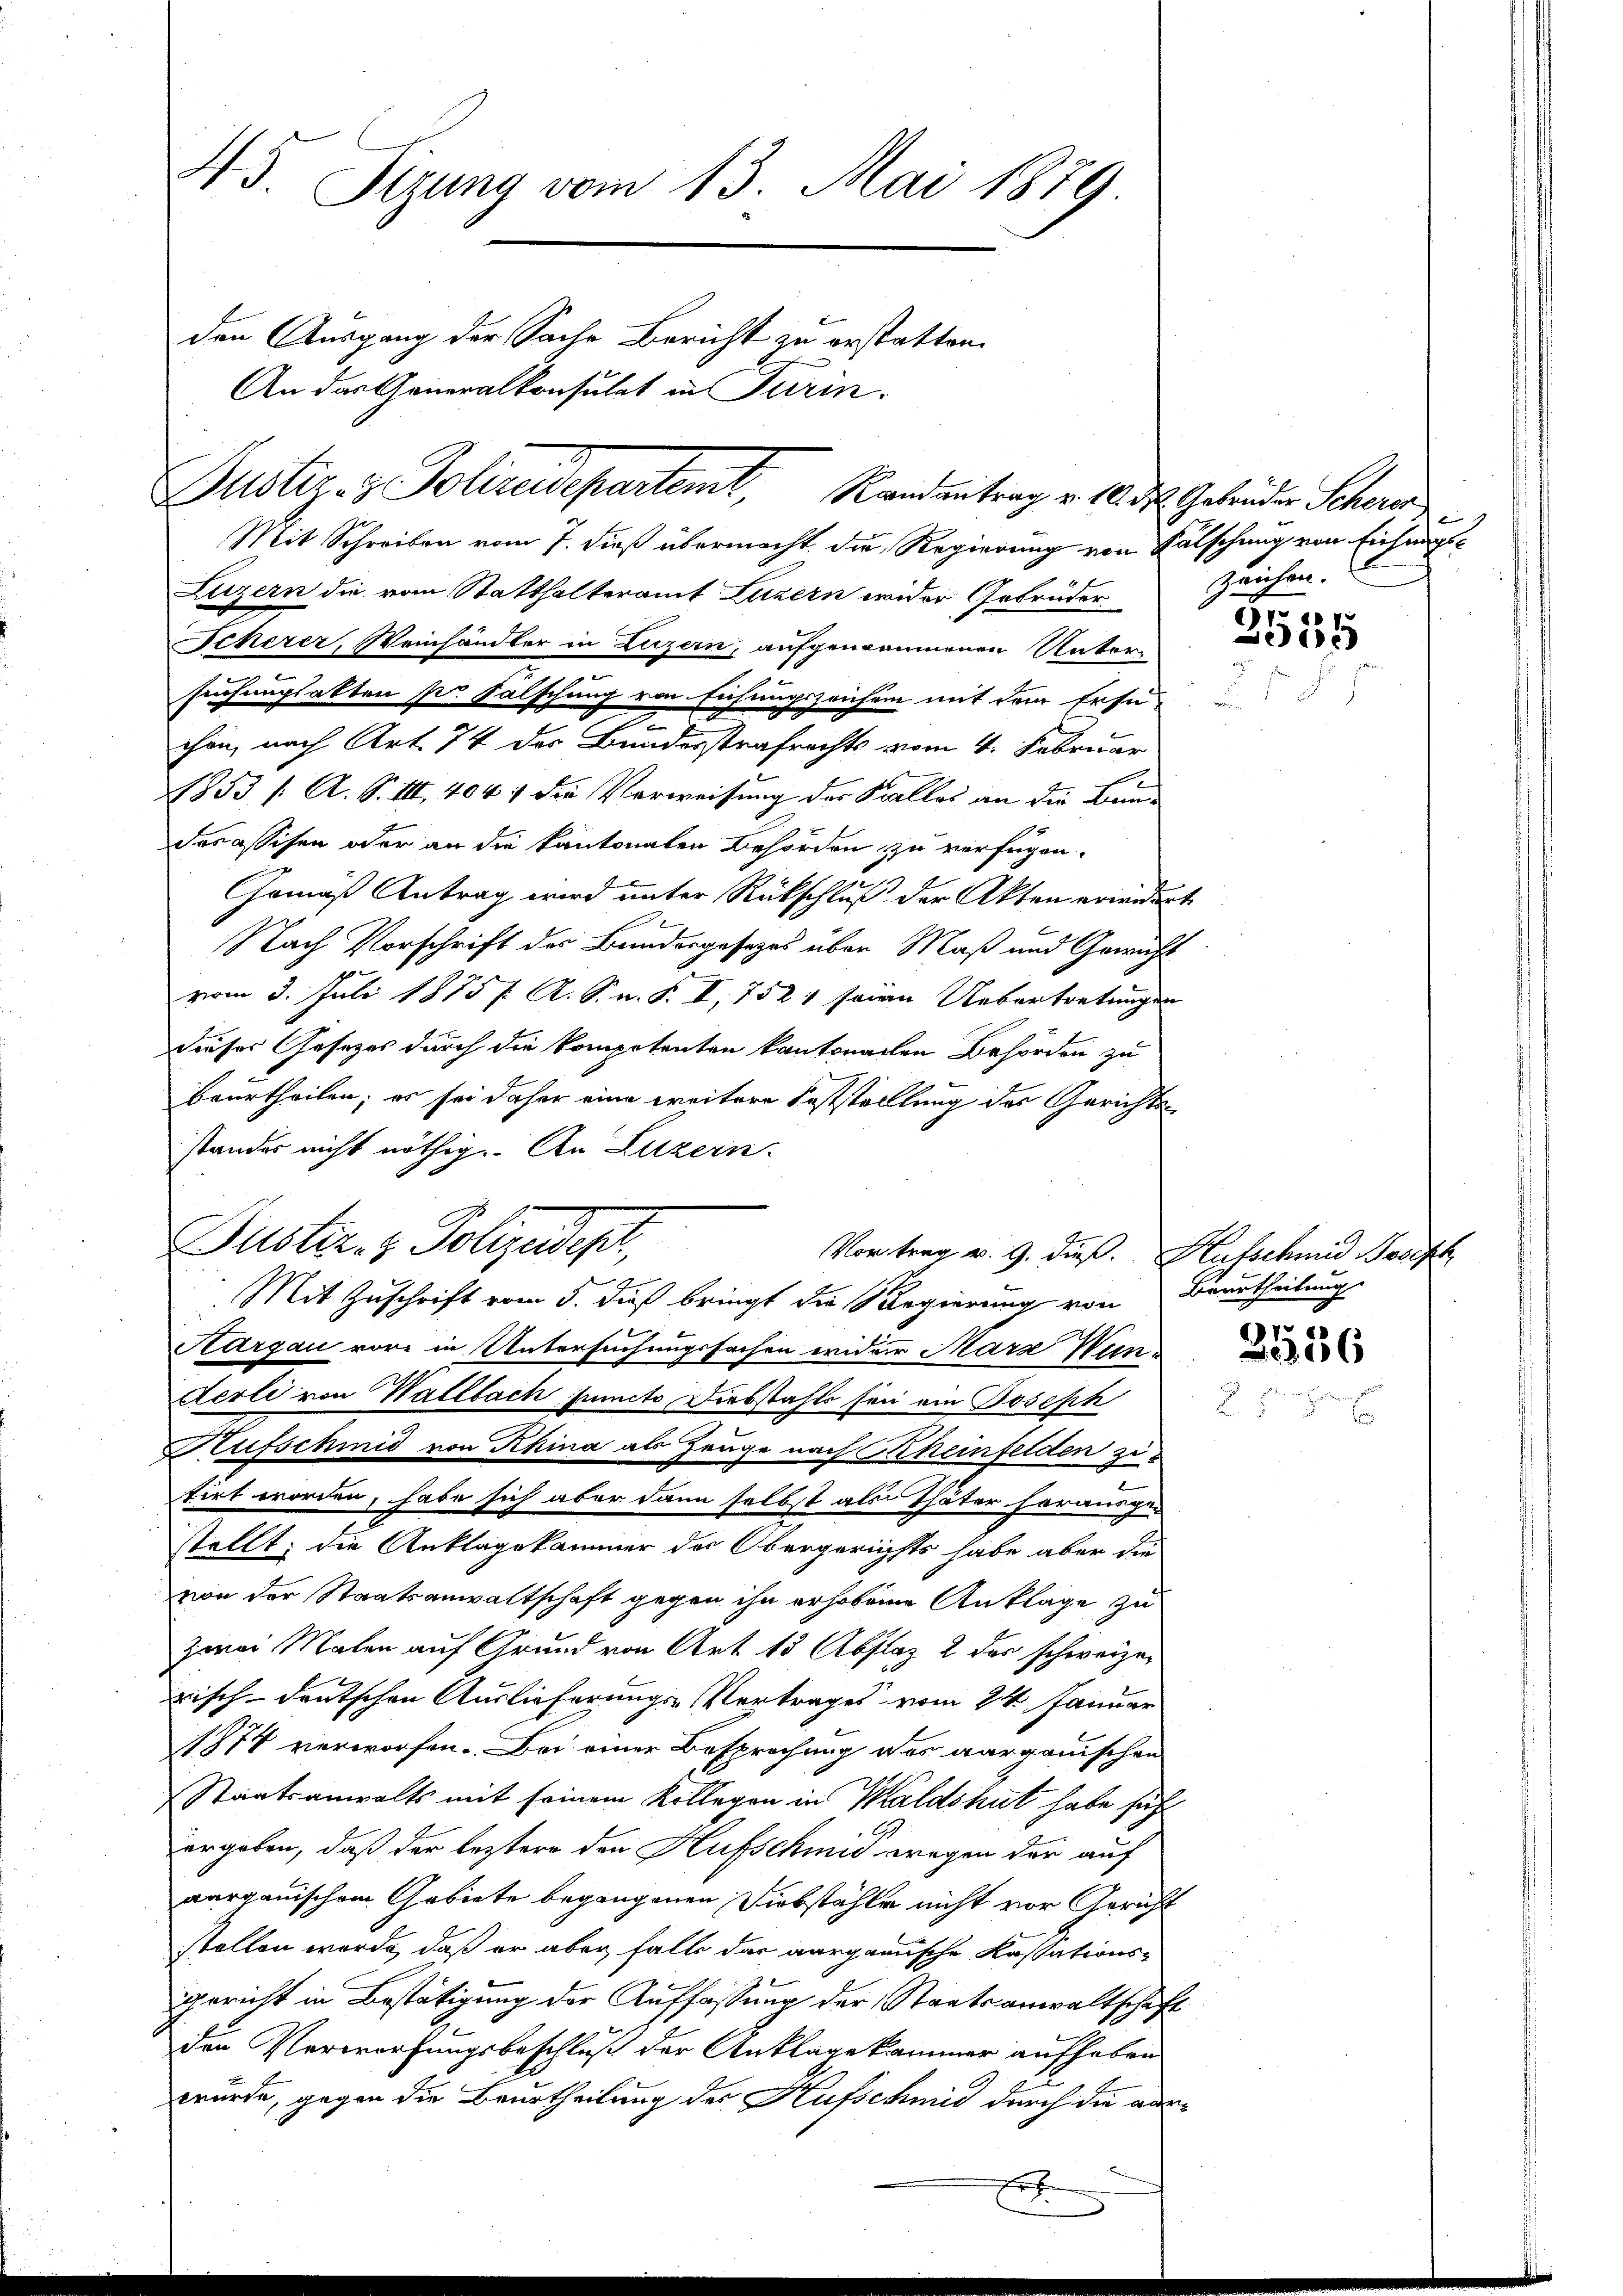
45. Sizung vom 13. Mai 1879.
den Ausgang der Sache Bericht zu erstatten.
An das Generalkonsulat in Turin.
Justiz- & Polizeidepartemt, Randentrag v. 10. ds. Gebenden Scherer

Mit Schreiben vom 7. dieß übermacht die Regierung von Fälschung von Eichungs¬
Luzern die vom Statthalteramt Luzern wider Gebrüder
Scherer, Weinhändler in Luzern, aufgenommenen Unter-
senhangsakten pr Falschung von Eichungszeichen mit dem Ersue
chön, nach Art. 74 des Bundesstrafrechts vom 4. Februar
1853 /: A. S. III. 4041 die Verweisung des Saalles an die Bau-
Forassisen oder an die kantonalen Behörden zu verfügen.
Gemäß Antrag wird unter Rückschluß der Akten erwidert
Nach Vorschrift des Bundesgesezes über Maß und Gewicht
vom 3. Juli 1875 f. A. S. a. S. I, 752 1 seien Uebertretungen
dieser Gesetzes durch die kompetenten kantonallen Behörden zu
beurtheilen; es sei daher eine weitere Feststellung des Gerichte
standes nicht nöthig. An Luzern.
Justiz- & Polizeides.
Vortrag v. 9. dieß. Aufschmid Joseph
Mit Zuschrift vom 5. dieß bringt die Regierung von Beurtheilung
Aargau vore in Untersuchungssachen wider Mars Wun
Aerli von Wattbach juncto Diebstahls sei ein Joseph
Hufschmid von Khina als Zeuge nach Rheinfelden zi
tirt worden, habe sich aber dann selbst als Thäter herausge-
stellt; die Anklagekammer des Obergerichts habe aber die
von der Staatsanwaltschaft gegen ihn erhobene Anklage zu
zwei Malen auf Grund von Art 15 Abflaz 2 der schweizer
risch-deutschen Auslieferungs-Vertrages vom 24. Januar
1874 verworfen. Bei einer Besprechung des aargauischen
Staatsanwalts mit seinem Kollegen in Waldshut habe sich
ergeben, daß der leztere den Hufschmid wegen der auf
aargauischem Gebiete begangenen Diebstähle nicht vor Gericht
stellen werde, daß er aber falls das aargauische Kassations-
gericht in Bestätigung der Auffassung der Staatsanwaltschaft
den Verwerfungsbeschluß der Anklage kammer aufhaben
wurde, gegen die Beurtheilung des Hufschmid durch die vor¬

.

zeichen.

e

u
2356